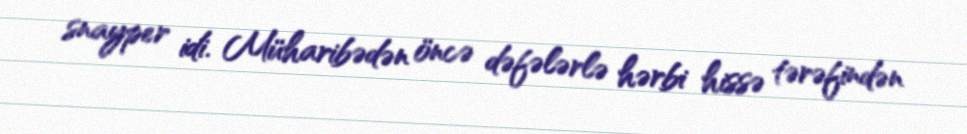
snayper idi. Müharibədən öncə dəfələrlə hərbi hissə tərəfindən